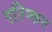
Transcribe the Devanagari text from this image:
परिष्कर